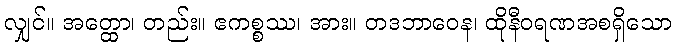
လျှင်။ အတ္ထော၊ တည်း။ ဧကစ္စဿ၊ အား။ တဒဘာဝေန၊ ထိုနီဝရဏအစရှိသော